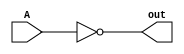
module parallel_not(out, A);
   parameter WIRE = 1;

   input  [WIRE-1:0] A;
   output [WIRE-1:0] out;

   not not_inst(out[0], A[0]);
   if (WIRE > 1)
     parallel_not #(.WIRE(WIRE-1))parallel_not0(out[WIRE-1 : 1],
					        A[WIRE-1 : 1]);
endmodule